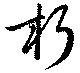
朽